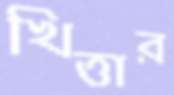
খিত্তার